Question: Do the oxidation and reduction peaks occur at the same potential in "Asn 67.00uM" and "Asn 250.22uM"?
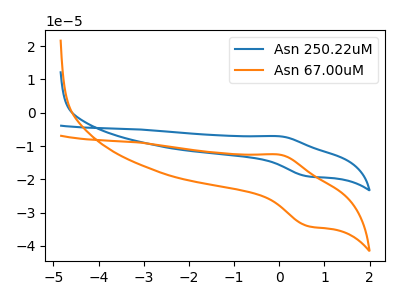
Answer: <think>The blue curve "Asn 250.22uM" has an anodic peak at (0.05V, -7.10uA) and a cathodic peak at (0.65V, -19.10uA). The orange curve "Asn 67.00uM" has an anodic peak at (0.05V, -12.65uA) and a cathodic peak at (0.65V, -34.05uA).</think>
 <answer>Yes, "Asn 67.00uM" have a peak in "Asn 250.22uM" at the same potential.</answer>
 <eval>match</eval>